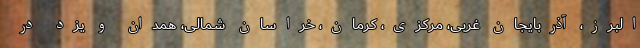
البرز، آذربایجان غربی، مرکزی، کرمان، خراسان شمالی، همدان و یزد در